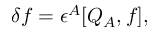
\delta f = \epsilon ^ { A } [ Q _ { A } , f ] ,